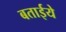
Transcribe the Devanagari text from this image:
बताईये